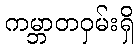
ကမ္ဘာတဝှမ်းရှိ